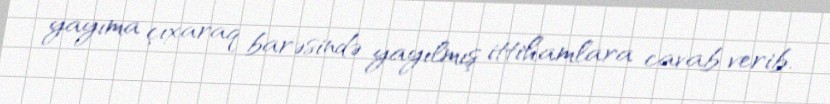
yayıma çıxaraq barəsində yayılmış ittihamlara cavab verib.